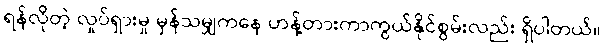
ရန်လိုတဲ့ လှုပ်ရှားမှု မှန်သမျှကနေ ဟန့်တားကာကွယ်နိုင်စွမ်းလည်း ရှိပါတယ်။